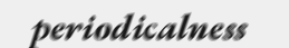
periodicalness